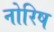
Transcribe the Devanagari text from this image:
नोरिष